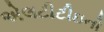
એલટીટીઇનો